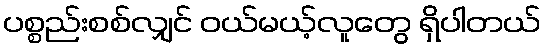
ပစ္စည်းစစ်လျှင် ဝယ်မယ့်လူတွေ ရှိပါတယ်